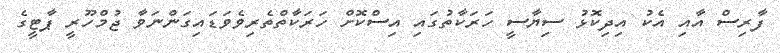
ފާރިސް އާއި އެކު އިދިކޮޅު ސިޔާސީ ހަރަކާތުގައި އިސްކޮށް ހަރަކާތްތެރިވެވަޑައިގަންނަވާ ޖުމްހޫރީ ޕާޓީގެ